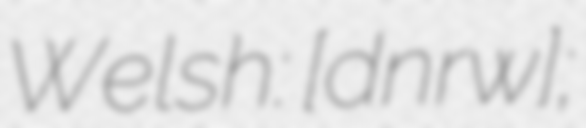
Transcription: Welsh: [dɪˈnɔrwɪɡ];